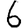
Digit: 6